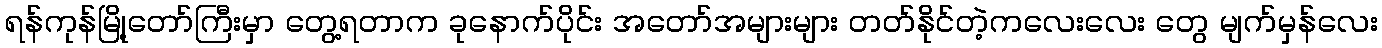
ရန်ကုန်မြို့တော်ကြီးမှာ တွေ့ရတာက ခုနောက်ပိုင်း အတော်အများများ တတ်နိုင်တဲ့ကလေးလေး တွေ မျက်မှန်လေး